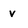
Character: V